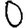
Digit: 0